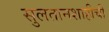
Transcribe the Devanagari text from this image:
सुलतानशाहीची